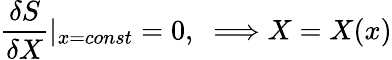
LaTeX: \frac{\delta S}{\delta X}|_{x=const}=0,\; \; \Longrightarrow X=X(x)